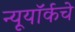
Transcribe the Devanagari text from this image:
न्यूयॉर्कचे